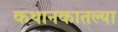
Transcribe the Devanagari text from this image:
कथानकातल्या